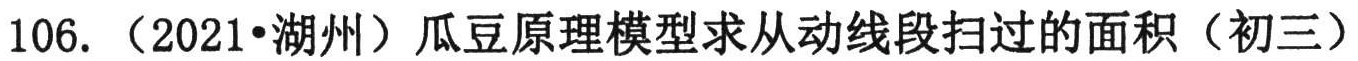
106.（2021•湖州）瓜豆原理模型求从动线段扫过的面积（初三）